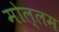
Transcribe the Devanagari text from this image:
मोल्लम